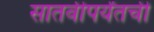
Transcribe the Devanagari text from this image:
सातवीपर्यंतची